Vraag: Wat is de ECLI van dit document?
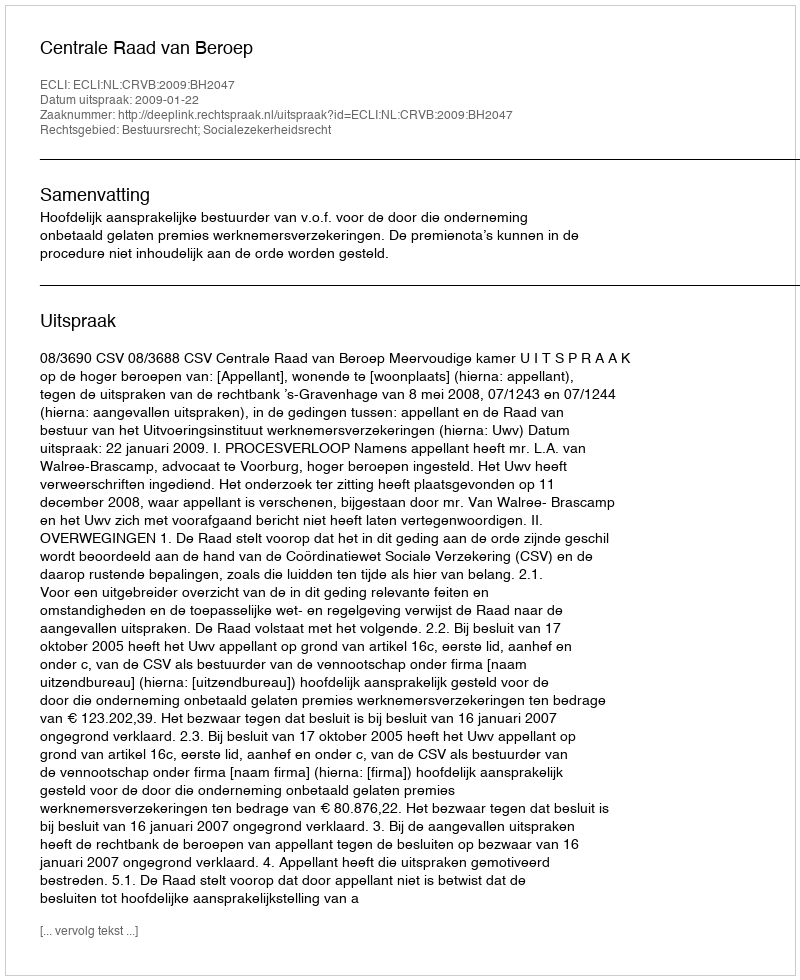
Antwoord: ECLI:NL:CRVB:2009:BH2047